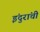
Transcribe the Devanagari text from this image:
इंदुरांची